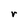
Character: r